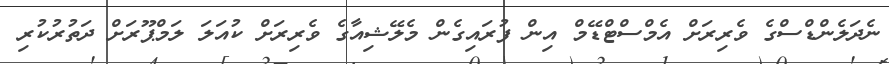
ނެދަލެންޑްސްގެ ވެރިރަށް އެމްސްޓްޑޭމް އިން ފުރައިގެން މެލޭޝިއާގެ ވެރިރަށް ކުއަލަ ލަމްޕޫރަށް ދަތުރުކުރި